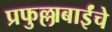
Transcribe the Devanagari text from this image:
प्रफुल्लाबाईंचे